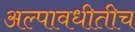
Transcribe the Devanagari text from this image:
अल्पावधीतीच